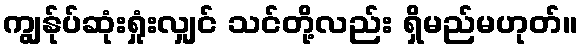
ကျွန်ုပ်ဆုံးရှုံးလျှင် သင်တို့လည်း ရှိမည်မဟုတ်။